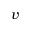
v